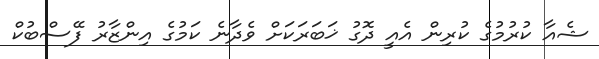
ޝެއާ ކުރުމުގެ ކުރިން އެއީ ދޮގު ޚަބަރަކަށް ވެދާނެ ކަމުގެ އިންޒާރު ފޭސްބުކް